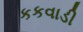
કકવાડી